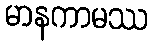
မာနကာမဿ